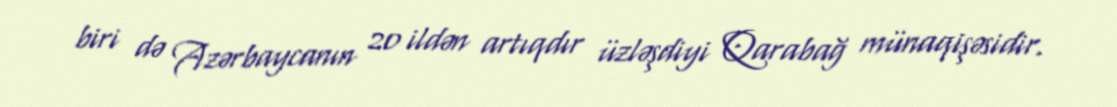
biri də Azərbaycanın 20 ildən artıqdır üzləşdiyi Qarabağ münaqişəsidir.